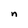
Character: n